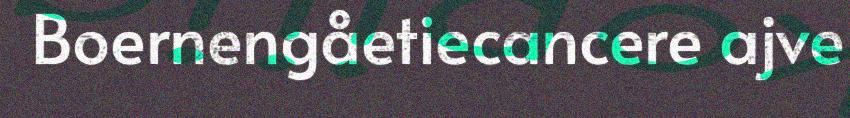
Boernengåetiecancere ajve